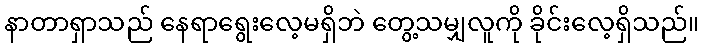
နာတာရှာသည် နေရာရွေးလေ့မရှိဘဲ တွေ့သမျှလူကို ခိုင်းလေ့ရှိသည်။